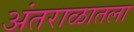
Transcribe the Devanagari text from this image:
अंतराळातला